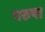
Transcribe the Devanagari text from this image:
परुषा